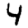
Digit: 4